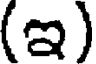
(ఇ)